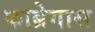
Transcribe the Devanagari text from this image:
फाब्रेगास